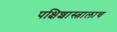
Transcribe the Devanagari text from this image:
पक्षिशास्त्रालाच